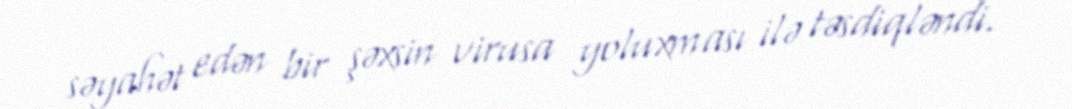
səyahət edən bir şəxsin virusa yoluxması ilə təsdiqləndi.